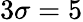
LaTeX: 3\sigma=5